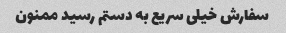
سفارش خیلی سریع به دستم رسید ممنون